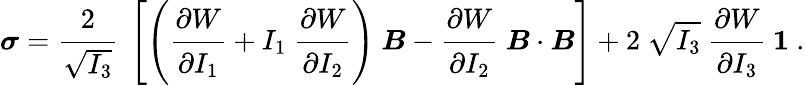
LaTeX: {\boldsymbol{\sigma}}={\cfrac{2}{\sqrt{I_{3}}}}~\left[\left({\cfrac{\partial W}{\partial I_{1}}}+I_{1}~{\cfrac{\partial W}{\partial I_{2}}}\right)~{\boldsymbol{B}}-{\cfrac{\partial W}{\partial I_{2}}}~{\boldsymbol{B}}\cdot{\boldsymbol{B}}\right]+2~{\sqrt{I_{3}}}~{\cfrac{\partial W}{\partial I_{3}}}~{\boldsymbol{\mathit{1}}}~.